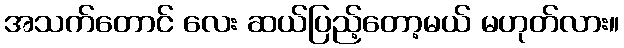
အသက်တောင် လေး ဆယ်ပြည့်တော့မယ် မဟုတ်လား။